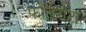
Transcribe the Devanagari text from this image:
फोडराटा